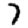
Digit: 7